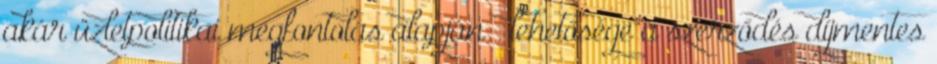
akár üzletpolitikai megfontolás alapján – lehetősége a szerződés díjmentes